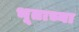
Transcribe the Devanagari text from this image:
भूताच्या